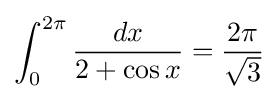
\int _{0}^{2\pi }{\frac {dx}{2+\cos x}}={\frac {2\pi }{\sqrt {3}}}